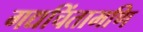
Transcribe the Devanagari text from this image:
गद्यचिंतामणि